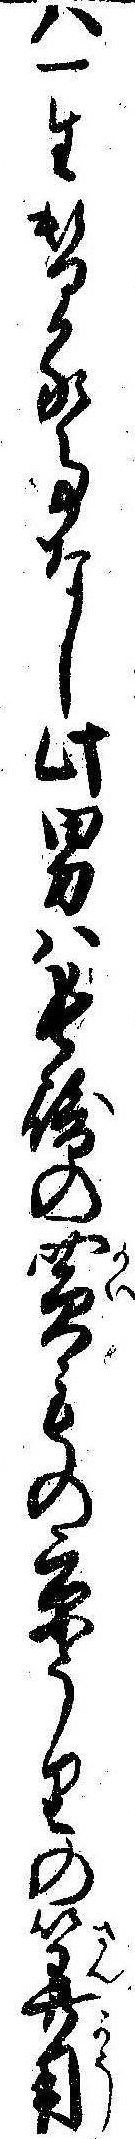
は一年替る事なし此男は長崎の買もの京うりの算用